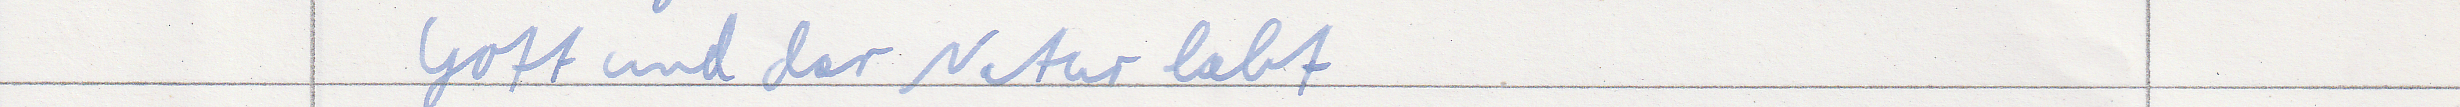
Gott und der Natur lebt